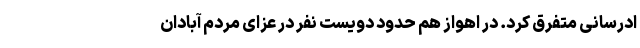
ادرسانی متفرق کرد. در اهواز هم حدود دویست نفر در عزای مردم آبادان